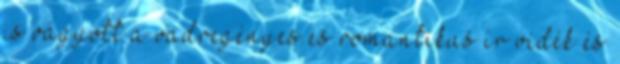
is vágyott a vadregényes és romantikus ír vidék és